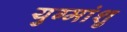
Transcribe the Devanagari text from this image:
युग्मांशु